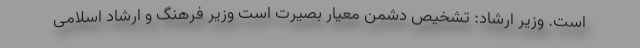
است. وزیر ارشاد: تشخیص دشمن معیار بصیرت است وزیر فرهنگ و ارشاد اسلامی